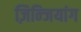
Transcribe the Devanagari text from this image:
ज़िन्जियांग